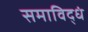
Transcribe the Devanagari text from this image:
समाविद्धं